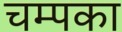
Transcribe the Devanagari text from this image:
चम्पका